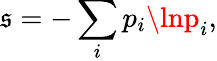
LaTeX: \mathfrak{s}=-\sum_{i}p_{i}\lnp_{i},